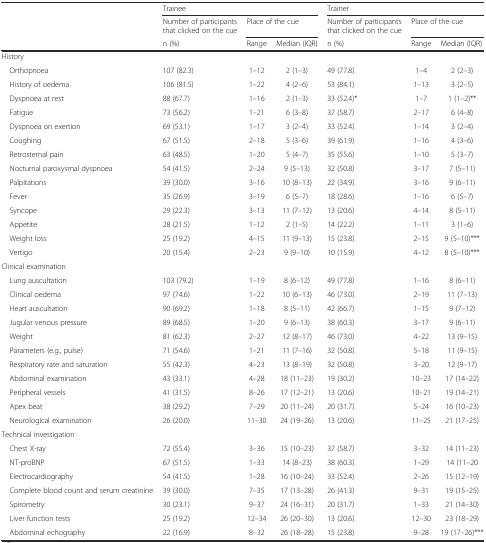
<table><thead><tr><td></td><td colspan="3"><b>Trainee</b></td><td colspan="3"><b>Trainer</b></td></tr><tr><td></td><td><b>Number of participants that clicked on the cue</b></td><td colspan="2"><b>Place of the cue</b></td><td><b>Number of participants that clicked on the cue</b></td><td colspan="2"><b>Place of the cue</b></td></tr><tr><td></td><td><b>n (%)</b></td><td><b>Range</b></td><td><b>Median (IQR)</b></td><td><b>n (%)</b></td><td><b>Range</b></td><td><b>Median (IQR)</b></td></tr></thead><tbody><tr><td colspan="7">History</td></tr><tr><td> Orthopnoea</td><td>107 (82.3)</td><td>1–12</td><td>2 (1–3)</td><td>49 (77.8)</td><td>1–4</td><td>2 (2–3)</td></tr><tr><td> History of oedema</td><td>106 (81.5)</td><td>1–22</td><td>4 (2–6)</td><td>53 (84.1)</td><td>1–13</td><td>3 (2–5)</td></tr><tr><td> Dyspnoea at rest</td><td>88 (67.7)</td><td>1–16</td><td>2 (1–3)</td><td>33 (52.4)*</td><td>1–7</td><td>1 (1–2)**</td></tr><tr><td> Fatigue</td><td>73 (56.2)</td><td>1–21</td><td>6 (3–8)</td><td>37 (58.7)</td><td>2–17</td><td>6 (4–8)</td></tr><tr><td> Dyspnoea on exertion</td><td>69 (53.1)</td><td>1–17</td><td>3 (2–4)</td><td>33 (52.4)</td><td>1–14</td><td>3 (2–4)</td></tr><tr><td> Coughing</td><td>67 (51.5)</td><td>2–18</td><td>5 (3–6)</td><td>39 (61.9)</td><td>1–16</td><td>4 (3–6)</td></tr><tr><td> Retrosternal pain</td><td>63 (48.5)</td><td>1–20</td><td>5 (4–7)</td><td>35 (55.6)</td><td>1–10</td><td>5 (3–7)</td></tr><tr><td> Nocturnal paroxysmal dyspnoea</td><td>54 (41.5)</td><td>2–24</td><td>9 (5–13)</td><td>32 (50.8)</td><td>3–17</td><td>7 (5–11)</td></tr><tr><td> Palpitations</td><td>39 (30.0)</td><td>3–16</td><td>10 (8–13)</td><td>22 (34.9)</td><td>3–16</td><td>9 (6–11)</td></tr><tr><td> Fever</td><td>35 (26.9)</td><td>3–19</td><td>6 (5–7)</td><td>18 (28.6)</td><td>1–16</td><td>6 (5–7)</td></tr><tr><td> Syncope</td><td>29 (22.3)</td><td>3–13</td><td>11 (7–12)</td><td>13 (20.6)</td><td>4–14</td><td>8 (5–11)</td></tr><tr><td> Appetite</td><td>28 (21.5)</td><td>1–12</td><td>2 (1–5)</td><td>14 (22.2)</td><td>1–11</td><td>3 (1–6)</td></tr><tr><td> Weight loss</td><td>25 (19.2)</td><td>4–15</td><td>11 (9–13)</td><td>15 (23.8)</td><td>2–15</td><td>9 (5–10)***</td></tr><tr><td> Vertigo</td><td>20 (15.4)</td><td>2–23</td><td>9 (9–10)</td><td>10 (15.9)</td><td>4–12</td><td>8 (5–10)***</td></tr><tr><td colspan="7">Clinical examination</td></tr><tr><td> Lung auscultation</td><td>103 (79.2)</td><td>1–19</td><td>8 (6–12)</td><td>49 (77.8)</td><td>1–16</td><td>8 (6–11)</td></tr><tr><td> Clinical oedema</td><td>97 (74.6)</td><td>1–22</td><td>10 (6–13)</td><td>46 (73.0)</td><td>2–19</td><td>11 (7–13)</td></tr><tr><td> Heart auscultation</td><td>90 (69.2)</td><td>1–18</td><td>8 (5–11)</td><td>42 (66.7)</td><td>1–15</td><td>9 (7–12)</td></tr><tr><td> Jugular venous pressure</td><td>89 (68.5)</td><td>1–20</td><td>9 (6–13)</td><td>38 (60.3)</td><td>3–17</td><td>9 (6–11)</td></tr><tr><td> Weight</td><td>81 (62.3)</td><td>2–27</td><td>12 (8–17)</td><td>46 (73.0)</td><td>4–22</td><td>13 (9–15)</td></tr><tr><td> Parameters (e.g., pulse)</td><td>71 (54.6)</td><td>1–21</td><td>11 (7–16)</td><td>32 (50.8)</td><td>5–18</td><td>11 (9–15)</td></tr><tr><td> Respiratory rate and saturation</td><td>55 (42.3)</td><td>4–23</td><td>13 (8–19)</td><td>32 (50.8)</td><td>3–20</td><td>12 (9–17)</td></tr><tr><td> Abdominal examination</td><td>43 (33.1)</td><td>4–28</td><td>18 (11–23)</td><td>19 (30.2)</td><td>10–23</td><td>17 (14–22)</td></tr><tr><td> Peripheral vessels</td><td>41 (31.5)</td><td>8–26</td><td>17 (12–21)</td><td>13 (20.6)</td><td>10–21</td><td>19 (14–21)</td></tr><tr><td> Apex beat</td><td>38 (29.2)</td><td>7–29</td><td>20 (11–24)</td><td>20 (31.7)</td><td>5–24</td><td>16 (10–23)</td></tr><tr><td> Neurological examination</td><td>26 (20.0)</td><td>11–30</td><td>24 (19–26)</td><td>13 (20.6)</td><td>11–25</td><td>21 (17–25)</td></tr><tr><td colspan="7">Technical investigation</td></tr><tr><td> Chest X-ray</td><td>72 (55.4)</td><td>3–36</td><td>15 (10–23)</td><td>37 (58.7)</td><td>3–32</td><td>14 (11–23)</td></tr><tr><td> NT-proBNP</td><td>67 (51.5)</td><td>1–33</td><td>14 (8–23)</td><td>38 (60.3)</td><td>1–29</td><td>14 (11–20</td></tr><tr><td> Electrocardiography</td><td>54 (41.5)</td><td>1–28</td><td>16 (10–24)</td><td>33 (52.4)</td><td>2–26</td><td>15 (12–19)</td></tr><tr><td> Complete blood count and serum creatinine</td><td>39 (30.0)</td><td>7–35</td><td>17 (13–28)</td><td>26 (41.3)</td><td>9–31</td><td>19 (15–25)</td></tr><tr><td> Spirometry</td><td>30 (23.1)</td><td>9–37</td><td>24 (16–31)</td><td>20 (31.7)</td><td>1–33</td><td>21 (14–30)</td></tr><tr><td> Liver function tests</td><td>25 (19.2)</td><td>12–34</td><td>26 (20–30)</td><td>13 (20.6)</td><td>12–30</td><td>23 (18–29)</td></tr><tr><td> Abdominal echography</td><td>22 (16.9)</td><td>8–32</td><td>26 (18–28)</td><td>15 (23.8)</td><td>9–28</td><td>19 (17–26)***</td></tr></tbody></table>